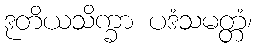
ဒုတိယသိက္ခာ ပဒံသမတ္တံ၊